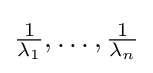
{\textstyle {\frac {1}{\lambda _{1}}},\ldots ,{\frac {1}{\lambda _{n}}}}